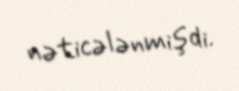
nəticələnmişdi.